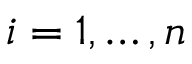
i = 1 , \dots , n